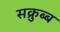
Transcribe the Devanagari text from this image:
सक्रुब्ब